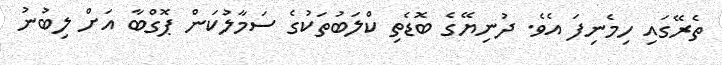
ތެރޭގައި ހިމެނިފަ އެވެ. ދުނިޔޭގެ ބޮޑެތި ކްލަބުތަކުގެ ސަމާލުކަން ޕޮގްބާ އަށް ލިބުނު